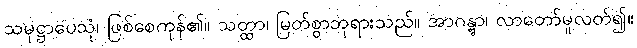
သမုဋ္ဌာပေသုံ၊ ဖြစ်စေကုန်၏။ သတ္ထာ၊ မြတ်စွာဘုရားသည်။ အာဂန္တွာ၊ လာတော်မူလတ်၍။